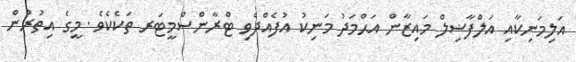
އަލިމަނިކާއި އަލްފާޟިލް މައިޒާން އަޙްމަދު މަނިކު އުފެއްދެވި ޓްރާންސްމީޓަރ ތަކެކެވެ .މީގެ އިތުރުން